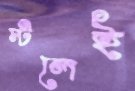
স্টলেই